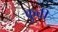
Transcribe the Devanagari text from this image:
कुवी